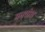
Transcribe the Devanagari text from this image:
मनवोध